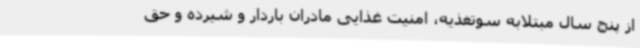
از پنج سال مبتلابه سوتغذیه، امنیت غذایی مادران باردار و شیرده و حق